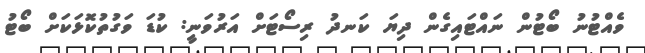
ވެއްޓުނު ބޯޓުން ނައްޓައިގެން ދިޔަ ކަނދު ރިސޯޓަށް އަރުވަނީ: ކުޑަ ވަގުތުކޮޅަކަށް ބޯޓު